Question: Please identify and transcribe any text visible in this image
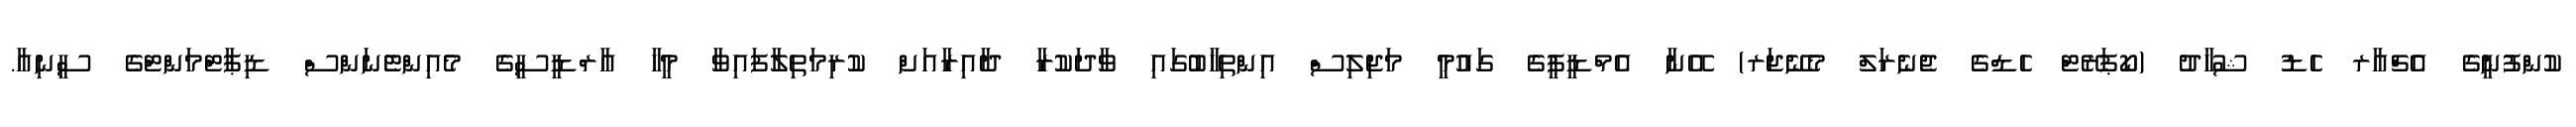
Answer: ކުންފުނީގެ އެޗްއާރ ހެޑު ޝުހާދު (ކޯޕަރޭޓް ހެޑްގެ ޖެނެރަލް މެނޭޖަރ) އޭނާ އެމްޑީޕީގެ ގައުމީ މަޖިލިސް އިންތިޚާބުގައި ވާދަކުރާ ދާއިރާއަށް ކުރިމަތިލާފައިވާ މީހާ އާރްޑީސީގެ މެއިންޓެނަންސް ޑިޕާޓްމަންޓްގެ ސީނިއާ.